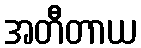
အတီတာယ